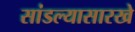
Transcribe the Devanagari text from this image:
सांडल्यासारखे